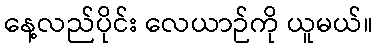
နေ့လည်ပိုင်း လေယာဉ်ကို ယူမယ်။